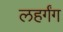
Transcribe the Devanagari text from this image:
लहर्गंग